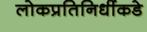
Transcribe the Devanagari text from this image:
लोकप्रतिनिधींकडे